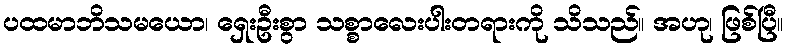
ပထမာဘိသမယော၊ ရှေးဦးစွာ သစ္စာလေးပါးတရားကို သိသည်။ အဟု၊ ဖြစ်ပြီ။